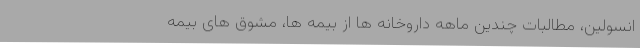
انسولین، مطالبات چندین ماهه داروخانه ها از بیمه ها، مشوق های بیمه